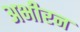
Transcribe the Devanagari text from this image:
अभीरन